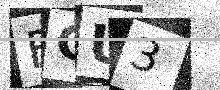
Text: FGU3